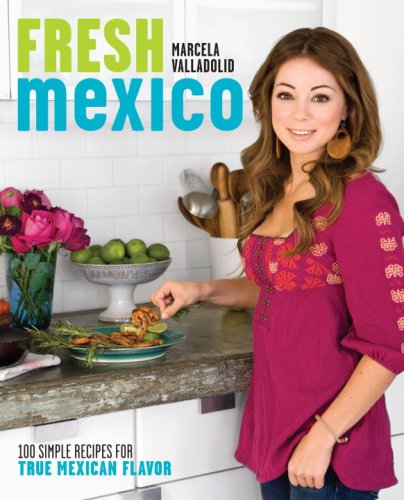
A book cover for Fresh Mexico: 100 Simple Recipes for True Mexican Flavor; Marcela Valladolid; Cookbooks, Food & Wine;